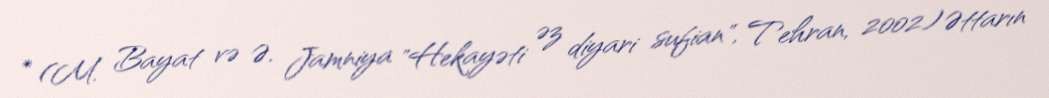
* (M. Bayat və Ə. Jamniya "Hekayəti əz diyari sufian", Tehran, 2002) Əttarın